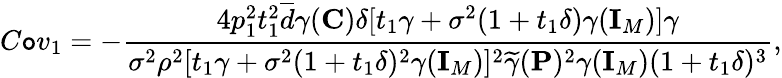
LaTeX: C\mathtt{o}v_{1}=-\frac{{4p_{1}^{2}t_{1}^{2}\overline{{{d}}}\gamma({\mathbf{{C}}})\delta[t_{1}\gamma+\sigma^{2}(1+t_{1}\delta)\gamma({\mathbf{{I}}}_{M})]\gamma}}{{\sigma^{2}\rho^{2}[t_{1}\gamma+\sigma^{2}(1+t_{1}\delta)^{2}\gamma({\mathbf{{I}}}_{M})]^{2}\widetilde{{\gamma}}({\mathbf{{P}}})^{2}\gamma({\mathbf{{I}}}_{M})(1+t_{1}\delta)^{3}}},